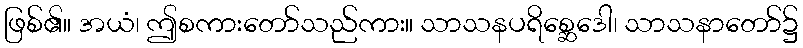
ဖြစ်၏။ အယံ၊ ဤစကားတော်သည်ကား။ သာသနပရိစ္ဆေဒေါ၊ သာသနာတော်၌